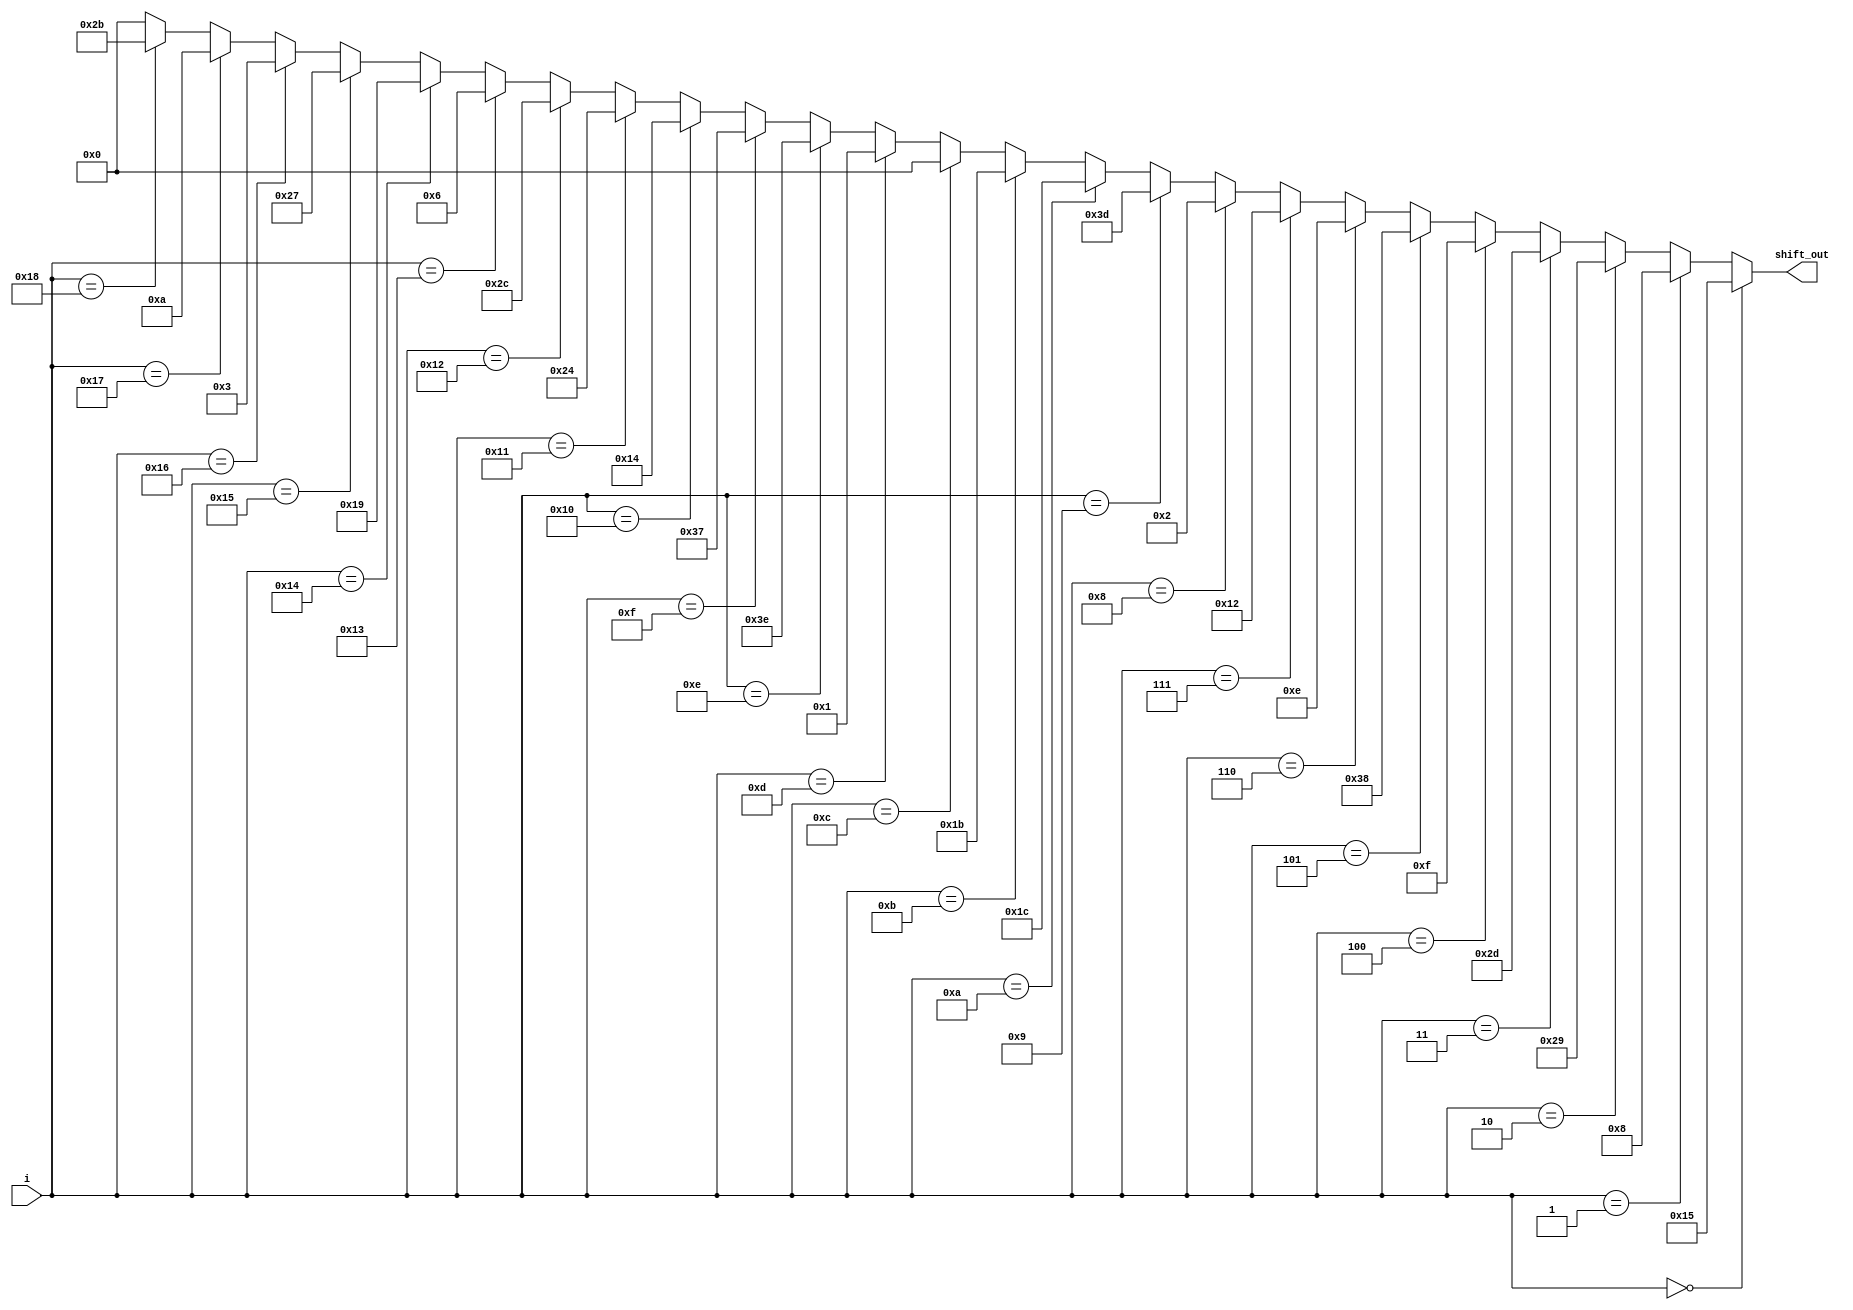
module dcder(
    i,
    shift_out
);
    input[0:4] i;
    output reg[0:5] shift_out;
    //output reg[0:4] to25_out;

    assign shift_out = (i == 5'd0) ? 6'd21:
		(i == 5'd1 ) ? 6'd8:
		(i == 5'd2 ) ? 6'd41:
		(i == 5'd3 ) ? 6'd45:
		(i == 5'd4 ) ? 6'd15:
		(i == 5'd5 ) ? 6'd56:
		(i == 5'd6 ) ? 6'd14:
		(i == 5'd7 ) ? 6'd18:
		(i == 5'd8 ) ? 6'd2:
		(i == 5'd9 ) ? 6'd61:
		(i == 5'd10 ) ? 6'd28:
		(i == 5'd11) ? 6'd27:
		(i == 5'd12) ? 6'd0:
		(i == 5'd13) ? 6'd1:
		(i == 5'd14) ? 6'd62:
		(i == 5'd15) ? 6'd55:
		(i == 5'd16) ? 6'd20:
		(i == 5'd17) ? 6'd36:
		(i == 5'd18) ? 6'd44:
		(i == 5'd19) ? 6'd6:
		(i == 5'd20) ? 6'd25:
		(i == 5'd21) ? 6'd39:
		(i == 5'd22) ? 6'd3:
		(i == 5'd23) ? 6'd10:
		(i == 5'd24) ? 6'd43: 6'd0;

    /*assign to25_out = (i == 3'd3 && j == 3'd3) ? 5'd0:
		(i == 3'd4 && j == 3'd3) ? 5'd1:
		(i == 3'd0 && j == 3'd3) ? 5'd2:
		(i == 3'd1 && j == 3'd3) ? 5'd3:
		(i == 3'd2 && j == 3'd3) ? 5'd4:
		(i == 3'd3 && j == 3'd4) ? 5'd5:
		(i == 3'd4 && j == 3'd4) ? 5'd6:
		(i == 3'd0 && j == 3'd4) ? 5'd7:
		(i == 3'd1 && j == 3'd4) ? 5'd8:
		(i == 3'd2 && j == 3'd4) ? 5'd9:
		(i == 3'd3 && j == 3'd0) ? 5'd10:
		(i == 3'd4 && j == 3'd0) ? 5'd11:
		(i == 3'd0 && j == 3'd0) ? 5'd12:
		(i == 3'd1 && j == 3'd0) ? 5'd13:
		(i == 3'd2 && j == 3'd0) ? 5'd14:
		(i == 3'd3 && j == 3'd1) ? 5'd15:
		(i == 3'd4 && j == 3'd1) ? 5'd16:
		(i == 3'd0 && j == 3'd1) ? 5'd17:
		(i == 3'd1 && j == 3'd1) ? 5'd18:
		(i == 3'd2 && j == 3'd1) ? 5'd19:
		(i == 3'd3 && j == 3'd2) ? 5'd20:
		(i == 3'd4 && j == 3'd2) ? 5'd21:
		(i == 3'd0 && j == 3'd2) ? 5'd22:
		(i == 3'd1 && j == 3'd2) ? 5'd23:
		(i == 3'd2 && j == 3'd2) ? 5'd24: 5'd0;
		*/
    
endmodule